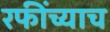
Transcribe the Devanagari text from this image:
रफींच्याच